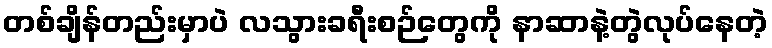
တစ်ချိန်တည်းမှာပဲ လသွားခရီးစဉ်တွေကို နာဆာနဲ့တွဲလုပ်နေတဲ့